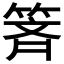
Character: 𰪄